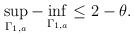
LaTeX: \begin{align*} \begin{aligned} \sup\limits_{\Gamma_{1,a}}-\inf\limits_{\Gamma_{1,a}}\leq 2-\theta. \end{aligned} \end{align*}